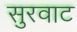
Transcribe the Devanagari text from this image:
सुरवाट